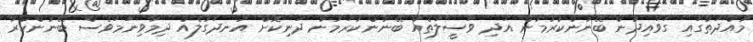
މުއްދަތުގައި ގަވައިދުން ބޭނުންކުރުމުން އަދި ވަސީލަތެއް ބޭނުންކުރަމުން ދަނިކޮށް އުނދަގުލެއް ދިމާވިނަމަވެސް ބޭނުންކުރާ